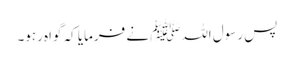
پس رسول اللہﷺ نے فرمایا کہ گواہ رہو۔